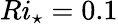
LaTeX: Ri_{\star}=0.1